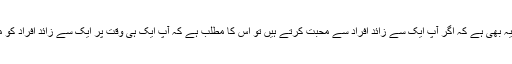
ان کا کہنا ہے کہ 'ایک بات یہ بھی ہے کہ اگر آپ ایک سے زائد افراد سے محبت کرتے ہیں تو اس کا مطلب ہے کہ آپ ایک ہی وقت پر ایک سے زائد افراد کو مس بھی کر رہے ہوتے ہیں۔